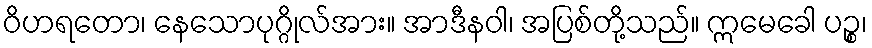
ဝိဟရတော၊ နေသောပုဂ္ဂိုလ်အား။ အာဒီနဝါ၊ အပြစ်တို့သည်။ ဣမေခေါ ပဉ္စ၊